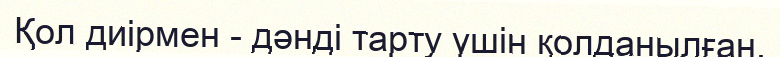
Қол диірмен - дәнді тарту үшін қолданылған.